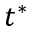
t ^ { * }